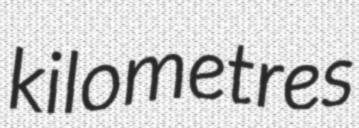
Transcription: kilometres